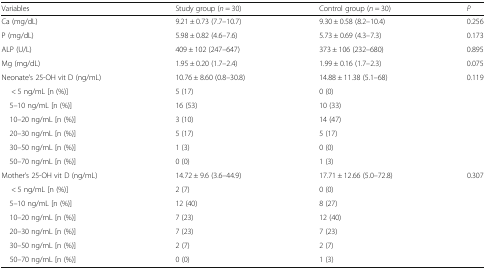
<table><thead><tr><td><b>Variables</b></td><td><b>Study group (<i>n</i> = 30)</b></td><td><b>Control group (<i>n</i> = 30)</b></td><td><b><i>P</i></b></td></tr></thead><tbody><tr><td>Ca (mg/dL)</td><td>9.21 ± 0.73 (7.7–10.7)</td><td>9.30 ± 0.58 (8.2–10.4)</td><td>0.256</td></tr><tr><td>P (mg/dL)</td><td>5.98 ± 0.82 (4.6–7.6)</td><td>5.73 ± 0.69 (4.3–7.3)</td><td>0.173</td></tr><tr><td>ALP (U/L)</td><td>409 ± 102 (247–647)</td><td>373 ± 106 (232–680)</td><td>0.895</td></tr><tr><td>Mg (mg/dL)</td><td>1.95 ± 0.20 (1.7–2.4)</td><td>1.99 ± 0.16 (1.7–2.3)</td><td>0.075</td></tr><tr><td>Neonate’s 25-OH vit D (ng/mL)</td><td>10.76 ± 8.60 (0.8–30.8)</td><td>14.88 ± 11.38 (5.1–68)</td><td>0.119</td></tr><tr><td>&lt; 5 ng/mL [n (%)]</td><td>5 (17)</td><td>0 (0)</td><td>[EMPTY_CELL]</td></tr><tr><td> 5–10 ng/mL [n (%)]</td><td>16 (53)</td><td>10 (33)</td><td>[EMPTY_CELL]</td></tr><tr><td> 10–20 ng/mL [n (%)]</td><td>3 (10)</td><td>14 (47)</td><td>[EMPTY_CELL]</td></tr><tr><td> 20–30 ng/mL [n (%)]</td><td>5 (17)</td><td>5 (17)</td><td>[EMPTY_CELL]</td></tr><tr><td> 30–50 ng/mL [n (%)]</td><td>1 (3)</td><td>0 (0)</td><td>[EMPTY_CELL]</td></tr><tr><td> 50–70 ng/mL [n (%)]</td><td>0 (0)</td><td>1 (3)</td><td>[EMPTY_CELL]</td></tr><tr><td>Mother’s 25-OH vit D (ng/mL)</td><td>14.72 ± 9.6 (3.6–44.9)</td><td>17.71 ± 12.66 (5.0–72.8)</td><td>0.307</td></tr><tr><td>&lt; 5 ng/mL [n (%)]</td><td>2 (7)</td><td>0 (0)</td><td>[EMPTY_CELL]</td></tr><tr><td> 5–10 ng/mL [n (%)]</td><td>12 (40)</td><td>8 (27)</td><td>[EMPTY_CELL]</td></tr><tr><td> 10–20 ng/mL [n (%)]</td><td>7 (23)</td><td>12 (40)</td><td>[EMPTY_CELL]</td></tr><tr><td> 20–30 ng/mL [n (%)]</td><td>7 (23)</td><td>7 (23)</td><td>[EMPTY_CELL]</td></tr><tr><td> 30–50 ng/mL [n (%)]</td><td>2 (7)</td><td>2 (7)</td><td>[EMPTY_CELL]</td></tr><tr><td> 50–70 ng/mL [n (%)]</td><td>0 (0)</td><td>1 (3)</td><td>[EMPTY_CELL]</td></tr></tbody></table>